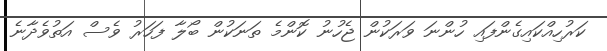
ކަރުހިއްކައިގެންފައި ހުންނަ ވަރަކުން ޖެހުނު ކޮންމެ ތަނަކުން ބޯލާ ފަހަރު ވެސް އަތުވެދާނެ